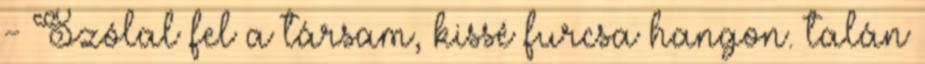
- Szólal fel a társam, kissé furcsa hangon. talán